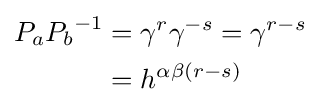
{\begin{aligned}P_{a}{P_{b}}^{-1}&=\gamma ^{r}\gamma ^{-s}=\gamma ^{r-s}\\&=h^{\alpha \beta (r-s)}\end{aligned}}